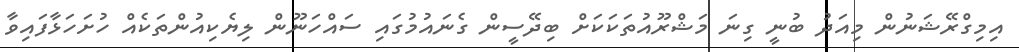
އިމިގްރޭޝަނުން މިއަދު ބުނީ ގިނަ މަޝްރޫއުތަކަކަށް ބިދޭސީން ގެނައުމުގައި ސައްހަނޫން ލިޔެކިއުންތަކެއް ހުށަހަޅާފައިވާ